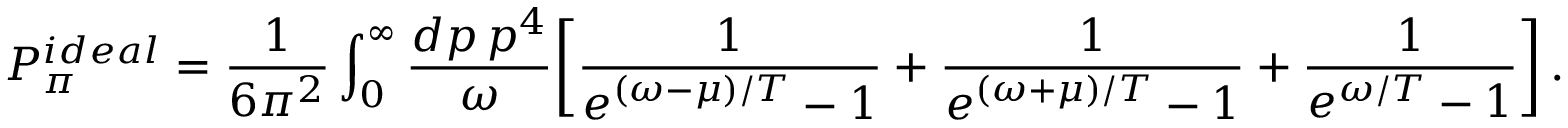
P _ { \pi } ^ { i d e a l } = \frac { 1 } { 6 \pi ^ { 2 } } \int _ { 0 } ^ { \infty } { \frac { d p \, p ^ { 4 } } { \omega } } \bigg [ { \frac { 1 } { e ^ { ( \omega - \mu ) / T } - 1 } } + { \frac { 1 } { e ^ { ( \omega + \mu ) / T } - 1 } } + { \frac { 1 } { e ^ { \omega / T } - 1 } } \bigg ] \, .